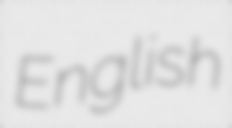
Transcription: English